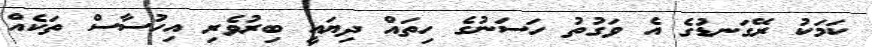
ކަމަކު ރޭގަނޑުގެ އެ ވަގުތު ހަސަނުގެ ހިތައް ދިޔައީ ބިރުވެރި އިހުސާސް ތަކެއް